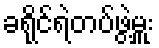
ခရိုင်ရဲတပ်ဖွဲ့မှူး